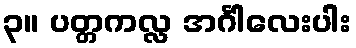
၃။ ပတ္တကလ္လ အင်္ဂါလေးပါး